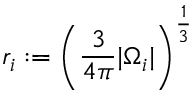
r _ { i } : = \left( { \frac { 3 } { 4 \pi } } | \Omega _ { i } | \right) ^ { \frac 1 3 }